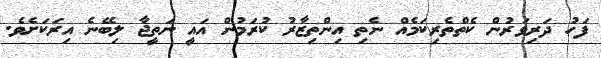
ފަހު ދަރިވަރުން ކެތްތެރިކަމެއް ނެތި އިންތިޒާރު ކުރަމުން އައީ ނަތީޖާ ލިބޭނެ އިރަކަށެވެ.